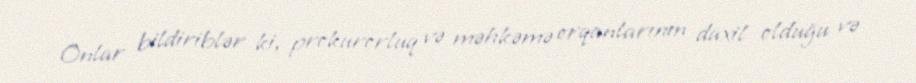
Onlar bildiriblər ki, prokurorluq və məhkəmə orqanlarının daxil olduğu və